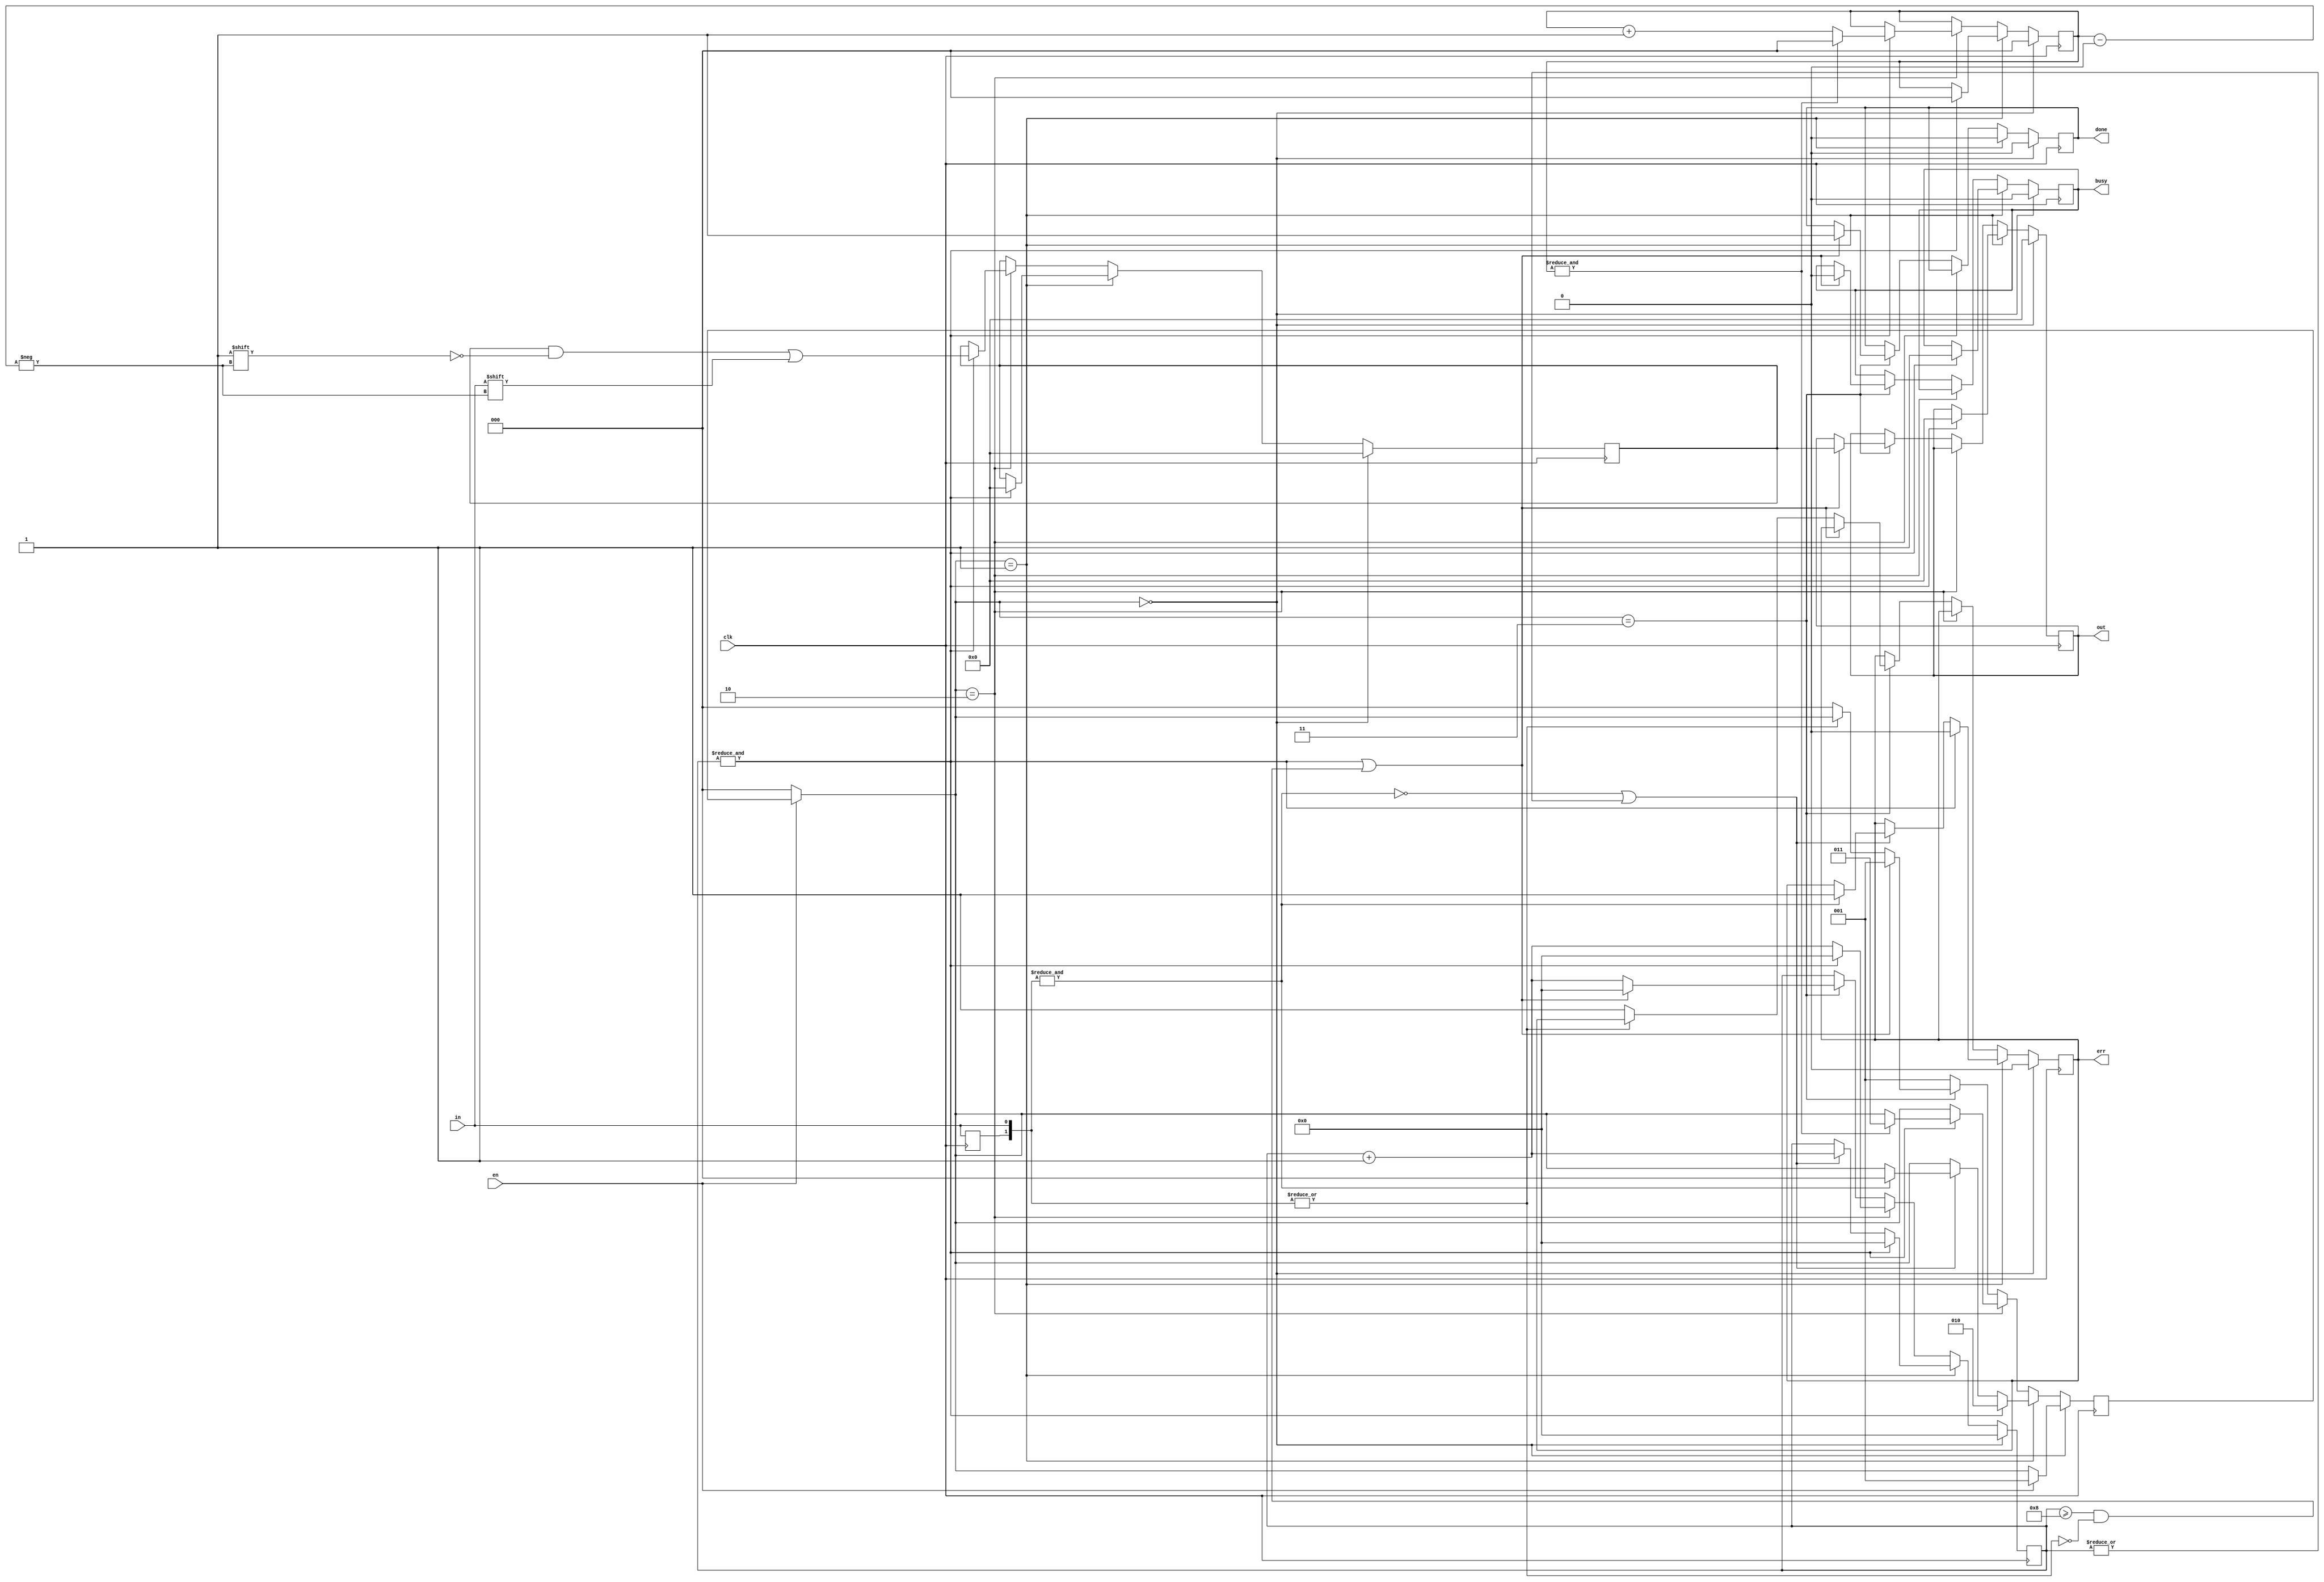
// states of state machine
`define RESET       3'b001
`define IDLE        3'b010
`define START_BIT   3'b011 // transmitter only
`define DATA_BITS   3'b100
`define STOP_BIT    3'b101

/*
 * 8-bit UART Receiver.
 * Able to receive 8 bits of serial data, one start bit, one stop bit.
 * When receive is complete {done} is driven high for one clock cycle.
 * Output data should be taken away by a few clocks or can be lost.
 * When receive is in progress {busy} is driven high.
 * Clock should be decreased to baud rate.
 */
module Uart8Receiver (
    input  wire       clk,  // baud rate
    input  wire       en,
    input  wire       in,   // rx
    output reg  [7:0] out,  // received data
    output reg        done, // end on transaction
    output reg        busy, // transaction is in process
    output reg        err   // error while receiving data
);
    // states of state machine
    reg [1:0] RESET = 2'b00;
    reg [1:0] IDLE = 2'b01;
    reg [1:0] DATA_BITS = 2'b10;
    reg [1:0] STOP_BIT = 2'b11;

    reg [2:0] state;
    reg [2:0] bitIdx = 3'b0; // for 8-bit data
    reg [1:0] inputSw = 2'b0; // shift reg for input signal state
    reg [3:0] clockCount = 4'b0; // count clocks for 16x oversample
    reg [7:0] receivedData = 8'b0; // temporary storage for input data

    initial begin
        out <= 8'b0;
        err <= 1'b0;
        done <= 1'b0;
        busy <= 1'b0;
    end

    always @(posedge clk) begin
        inputSw = { inputSw[0], in };

        if (!en) begin
            state = RESET;
        end

        case (state)
            RESET: begin
                out <= 8'b0;
                err <= 1'b0;
                done <= 1'b0;
                busy <= 1'b0;
                bitIdx <= 3'b0;
                clockCount <= 4'b0;
                receivedData <= 8'b0;
                if (en) begin
                    state <= IDLE;
                end
            end

            IDLE: begin
                done <= 1'b0;
                if (&clockCount) begin
                    state <= DATA_BITS;
                    out <= 8'b0;
                    bitIdx <= 3'b0;
                    clockCount <= 4'b0;
                    receivedData <= 8'b0;
                    busy <= 1'b1;
                    err <= 1'b0;
                end else if (!(&inputSw) || |clockCount) begin
                    // Check bit to make sure it's still low
                    if (&inputSw) begin
                        err <= 1'b1;
                        state <= RESET;
                    end
                    clockCount <= clockCount + 4'b1;
                end
            end

            // Wait 8 full cycles to receive serial data
            DATA_BITS: begin
                if (&clockCount) begin // save one bit of received data
                    clockCount <= 4'b0;
                    // TODO: check the most popular value
                    receivedData[bitIdx] <= inputSw[0];
                    if (&bitIdx) begin
                        bitIdx <= 3'b0;
                        state <= STOP_BIT;
                    end else begin
                        bitIdx <= bitIdx + 3'b1;
                    end
                end else begin
                    clockCount <= clockCount + 4'b1;
                end
            end

            /*
            * Baud clock may not be running at exactly the same rate as the
            * transmitter. Next start bit is allowed on at least half of stop bit.
            */
            STOP_BIT: begin
                if (&clockCount || (clockCount >= 4'h8 && !(|inputSw))) begin
                    state <= IDLE;
                    done <= 1'b1;
                    busy <= 1'b0;
                    out <= receivedData;
                    clockCount <= 4'b0;
                end else begin
                    clockCount <= clockCount + 1;
                    // Check bit to make sure it's still high
                    if (!(|inputSw)) begin
                        err <= 1'b1;
                        state <= RESET;
                    end
                end
            end

            default: state <= IDLE;
        endcase
    end

endmodule